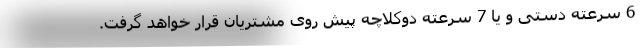
6 سرعته دستی و یا 7 سرعته دوکلاچه پیش روی مشتریان قرار خواهد گرفت.